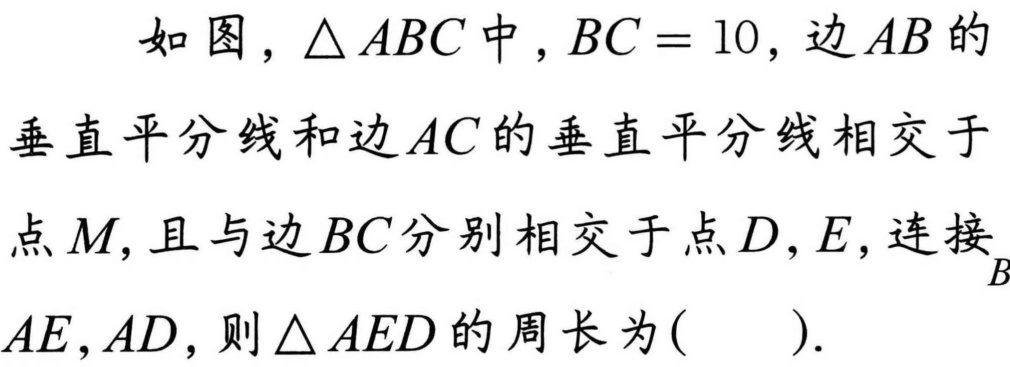
如图，\(\triangle ABC\)中，\(BC = 10\)，边\(AB\)的
垂直平分线和边\(AC\)的垂直平分线相交于
点\(M\)，且与边\(BC\)分别相交于点\(D,E\)，连接
\(AE,AD\)，则\(\triangle AED\)的周长为( ).